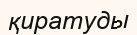
қиратуды